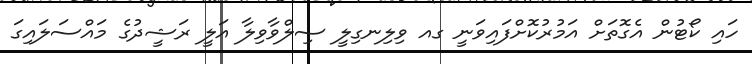
ހައި ކޯޓުން އެގޮތަށް އަމުރުކޮށްފައިވަނީ ގއ ވިލިނގިލީ ސިލްވާވިލާ އަލީ ރަޝީދުގެ މައްސަލައިގަ